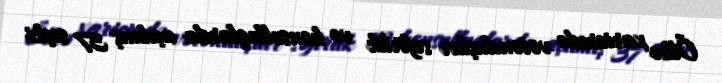
Ölkə xaricində vətəndaşlar səfirlik və konsulluqlarda açılmış 37 seçki